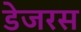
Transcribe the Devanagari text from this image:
डेजरस